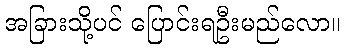
အခြားသို့ပင် ပြောင်းရဦးမည်လော။